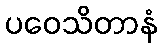
ပဝေသိတာနံ